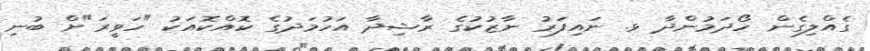
ގެއްލިގެން ހޯދަމުންދާ ޅ. ނައިފަރު ނާޒުކުގެ ރާޝިދާ އަހުމަދުގެ ކޮއްކޮއަކު "ހަވީރަ"ށް ބުނި